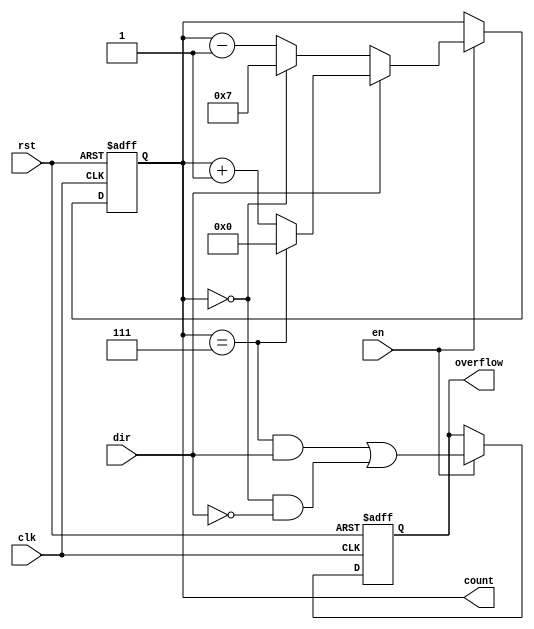
module modulus_counter #(
    parameter N = 8  // Modulus value (must be greater than 1)
)(
    input wire clk,          // Clock signal
    input wire rst,          // Reset signal (active high)
    input wire en,           // Enable signal (active high)
    input wire dir,          // Direction signal (1 for up, 0 for down)
    output reg [N-1:0] count, // Current count value
    output reg overflow      // Overflow signal
);

    // Internal signal to keep track of the next count value
    reg [N-1:0] next_count;

    // Always block triggered on the rising edge of the clock
    always @(posedge clk or posedge rst) begin
        if (rst) begin
            count <= 0;       // Reset count to 0
            overflow <= 0;    // Clear overflow signal
        end else if (en) begin
            count <= next_count; // Update count with next_count
            overflow <= (count == N-1 && dir) || (count == 0 && !dir); // Set overflow signal
        end
    end

    // Combinational logic to determine next count value
    always @(*) begin
        if (!en) begin
            next_count = count; // Hold current value if not enabled
        end else if (dir) begin
            if (count == N-1) begin
                next_count = 0; // Wrap around to 0 if at max value
            end else begin
                next_count = count + 1; // Increment count
            end
        end else begin
            if (count == 0) begin
                next_count = N-1; // Wrap around to N-1 if at 0
            end else begin
                next_count = count - 1; // Decrement count
            end
        end
    end

endmodule